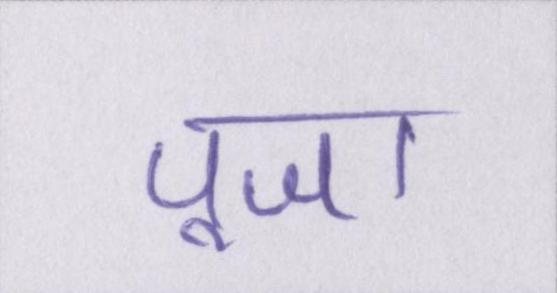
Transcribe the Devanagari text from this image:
पूजा